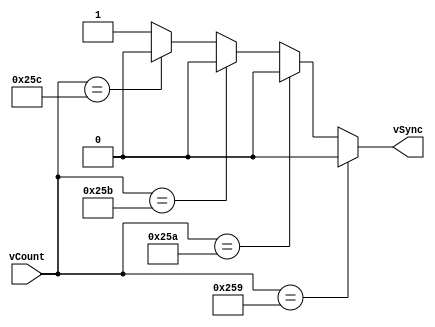
`timescale 1ns / 1ps

module vSyncGen(
    input [9:0] vCount,
    output reg vSync = 1'b0
    );
    always @(vCount) begin
        if(vCount == 10'b10_0101_1001)
            vSync <= 1'b0;
        else if(vCount == 10'b10_0101_1010)
            vSync <= 1'b0;
        else if(vCount == 10'b10_0101_1011)
            vSync <= 1'b0;
        else if(vCount == 10'b10_0101_1100)
            vSync <= 1'b0;
        else
            vSync <= 1'b1;
    end
endmodule